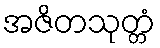
အဇိတသုတ္တံ